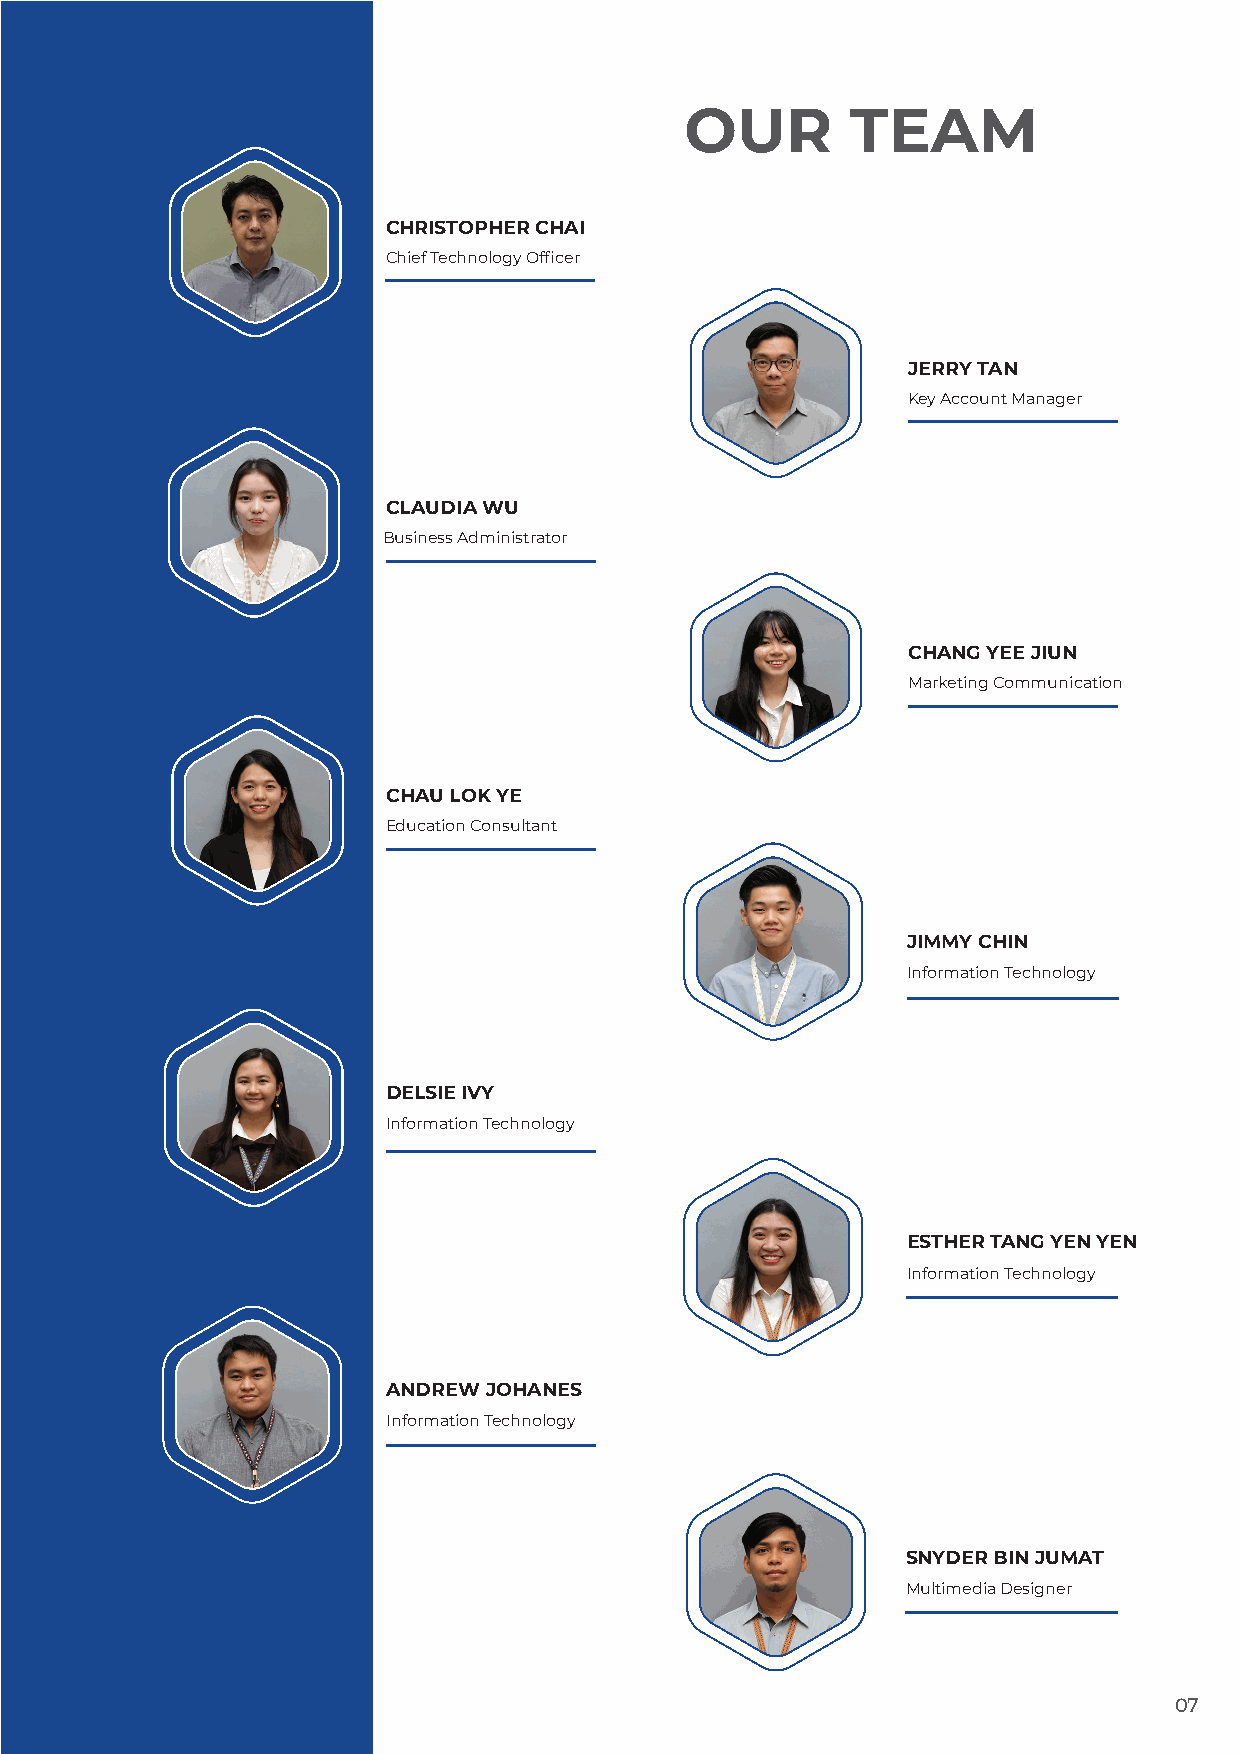
OUR        TEAM
 CHRISTOPHER CHAI
 Chief Technology Officer
 JERRY TAN
 Key Account Manager
 CLAUDIA WU
 Business Administrator
 CHANG YEE JIUN
 Marketing Communication
 CHAU LOK YE
 Education Consultant
 JIMMY CHIN
 Information Technology
 DELSIE IVY
 Information Technology
 ESTHER TANG YEN YEN
 Information Technology
 ANDREW JOHANES
 Information Technology
 SNYDER BIN JUMAT
 Multimedia Designer
 07